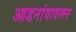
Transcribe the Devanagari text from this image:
आडनांवावरून